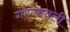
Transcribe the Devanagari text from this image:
गाण्यातली